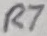
Text: R7